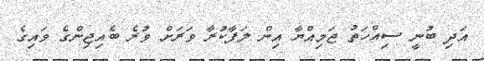
އަދި ބުނީ ސިއްހަތު ޖަމިއްޔާ އިން ލަފާކުރާ ވަރަށް ވުރެ ބެއިޖިންގެ ވައިގެ